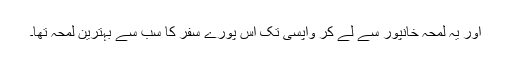
اور یہ لمحہ خانپور سے لے کر واپسی تک اس پورے سفر کا سب سے بہترین لمحہ تھا۔